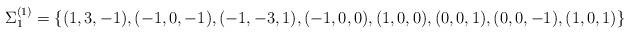
LaTeX: \begin{align*}\Sigma^{(1)}_{1}=\left\{(1,3,-1), (-1,0,-1), (-1,-3,1), (-1,0,0), (1,0,0), (0,0,1), (0,0,-1), (1,0,1)\right\}\end{align*}